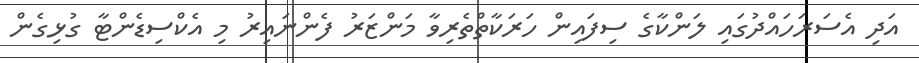
އަދި އެސަރަހައްދުގައި ލަންކާގެ ސިފައިން ހަރަކާތްތެރިވާ މަންޒަރު ފެންނައިރު މި އެކްސިޑެންޓާ ގުޅިގެން